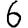
Digit: 6